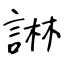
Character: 諃